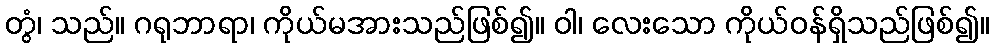
တွံ၊ သည်။ ဂရုဘာရာ၊ ကိုယ်မအားသည်ဖြစ်၍။ ဝါ၊ လေးသော ကိုယ်ဝန်ရှိသည်ဖြစ်၍။